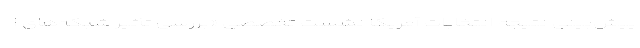
پیش‌بینی نتیجه انتخابات آمریکا نشست تخصصی «بررسی تأثیر شبکه‌های ا